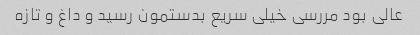
عالی بود مررسی خیلی سریع بدستمون رسید و داغ و تازه